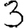
Digit: 3